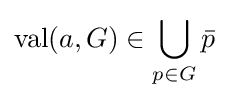
\operatorname {val} (a,G)\in \bigcup _{p\in G}{\bar {p}}